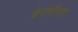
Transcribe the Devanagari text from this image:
केरोसीनचा